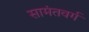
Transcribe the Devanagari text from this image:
सामंतवर्ग